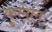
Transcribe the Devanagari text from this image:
कुलेल